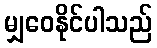
မျှဝေနိုင်ပါသည်